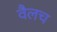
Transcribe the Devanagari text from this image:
वैलच